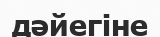
дәйегіне